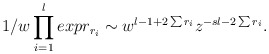
\begin{align*}1/w \prod_{i=1}^l expr_{r_i} \sim w^{l-1+ 2\sum r_i } z^{-sl-2\sum r_i}.\end{align*}